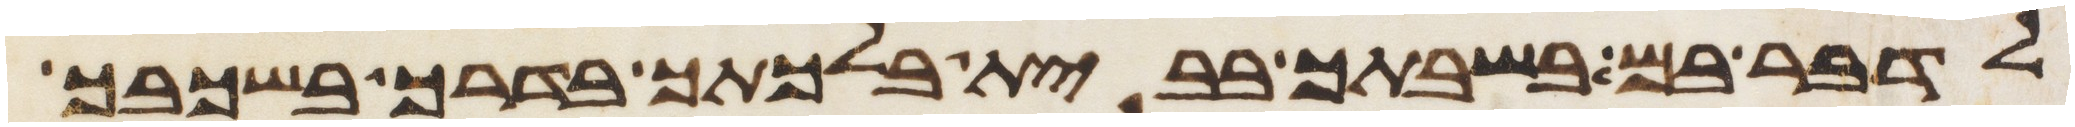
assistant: לדבר בם בשבתך בבית בלכתך בדרך בשכבך